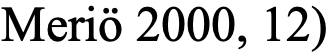
Meriö 2000, 12)